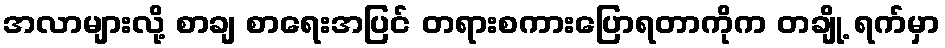
အလာများလို့ စာချ စာရေးအပြင် တရားစကားပြောရတာကိုက တချို့ ရက်မှာ